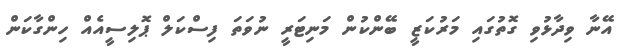
އޭނާ ވިދާޅުވި ގޮތުގައި މަރުކަޒީ ބޭންކުން މަނިޓަރީ ނުވަތަ ފިސްކަލް ޕޮލިސީއެއް ހިންގާކަން